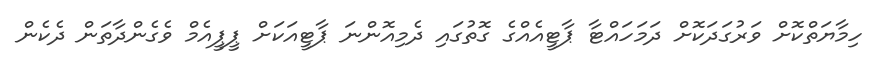
ހިމާޔަތްކޮށް ވަރުގަދަކޮށް ދަމަހައްޓާ ޕާޓީއެއްގެ ގޮތުގައި ދެމިއޮންނަ ޕާޓީއަކަށް ޕީޕީއެމް ވެގެންދާތަން ދެކެން